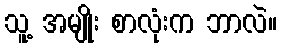
သူ့ အမျိုး စာလုံးက ဘာလဲ။